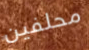
محلفين